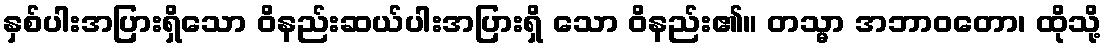
နှစ်ပါးအပြားရှိသော ဝိနည်းဆယ်ပါးအပြားရှိ သော ဝိနည်း၏။ တသ္မာ အဘာဝတော၊ ထိုသို့